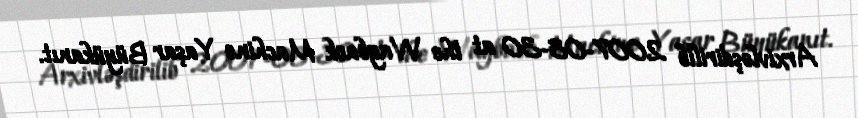
Arxivləşdirilib 2007-08-30 at the Wayback Machine Yaşar Büyükanıt.